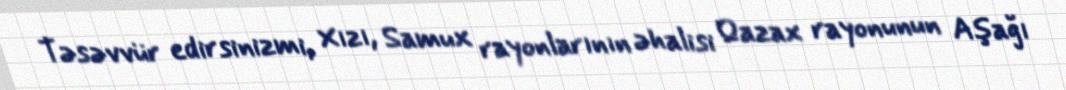
Təsəvvür edirsinizmi, Xızı, Samux rayonlarının əhalisi Qazax rayonunun Aşağı